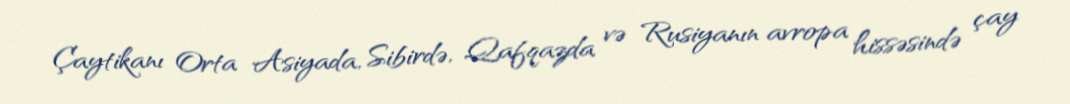
Çaytikanı Orta Asiyada, Sibirdə, Qafqazda və Rusiyanın avropa hissəsində çay